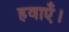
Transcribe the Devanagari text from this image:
हवाएँ।